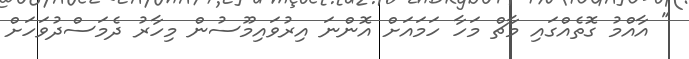
" އާއްމު ގޮތެއްގައި މާޗް މަހާ ހަމައަށް އޮންނަ އިރުވައިމޫސުން މިހާރު ދެމަސްދުވަހަށް